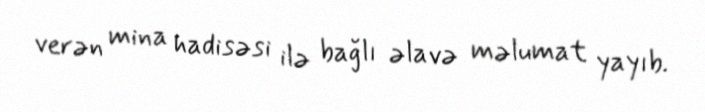
verən mina hadisəsi ilə bağlı əlavə məlumat yayıb.